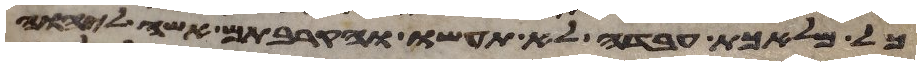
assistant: כל מלאכת עבדה לא תעשו והקרבתם אשה ליהוה